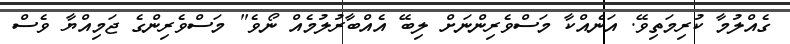
ގެއްލުމާ ކުރިމަތިވޭ. އަނެއްކާ މަސްވެރިންނަށް ލިބޭ އެއްބާރުލުމެއް ނޯވެ" މަސްވެރިންގެ ޖަމިއްޔާ ވެސް